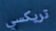
تريكسي